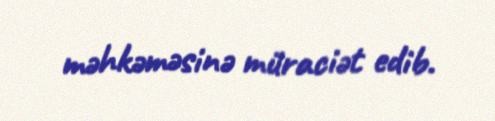
məhkəməsinə müraciət edib.